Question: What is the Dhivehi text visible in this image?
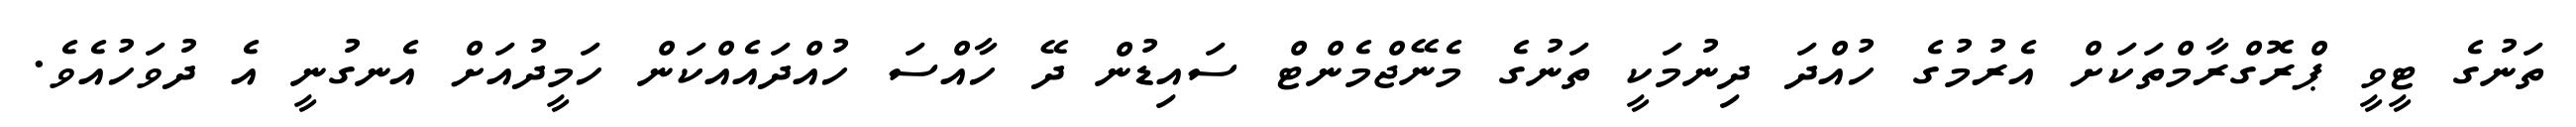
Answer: ތަނުގެ ޓީވީ ޕްރޮގްރާމްތަކަށް އެރުމުގެ ހުއްދަ ދިނުމަކީ ތަނުގެ މެނޭޖްމެންޓް ސައިޑުން ދޭ ހާއްސަ ހުއްދައެއްކަން ހަމީދުއަށް އެނގުނީ އެ ދުވަހުއެވެ.